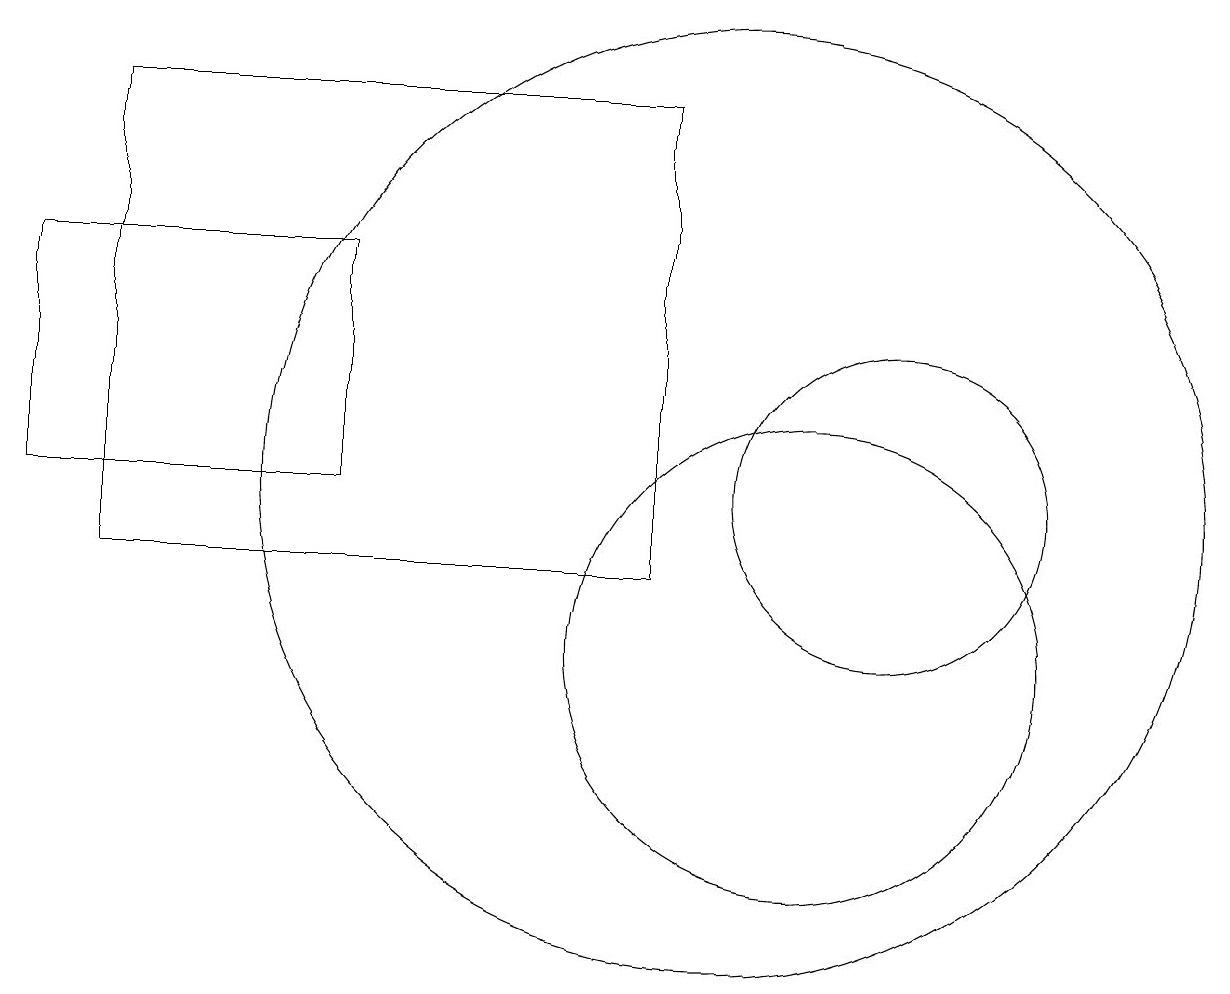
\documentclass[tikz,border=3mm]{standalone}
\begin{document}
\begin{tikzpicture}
\draw (4,17) rectangle (8,17);
\draw (11,10) circle (3);
\draw (10,12) circle (6);
\draw (9,11) rectangle (2,17);
\draw (12,12) circle (2);
\draw (1,12) rectangle (5,15);
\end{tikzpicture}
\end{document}